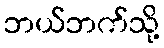
ဘယ်ဘက်သို့